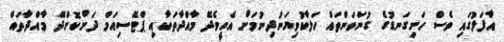
އާފަލުގައި ވެސް ހަށިގަނޑުގެ ގުނަވަންތައް ހަލާކުވިޔަނުދިނުމަށް އެހީވެދޭ މާއްދާތަކާއި ޕްޓޭސިއަމް ދަށްކޮށްދޭ މާއްދާތައް